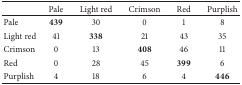
<table><thead><tr><td><b> </b></td><td><b>Pale</b></td><td><b>Light red</b></td><td><b>Crimson</b></td><td><b>Red</b></td><td><b>Purplish</b></td></tr></thead><tbody><tr><td>Pale</td><td><b>439</b></td><td>30</td><td>0</td><td>1</td><td>8</td></tr><tr><td>Light red</td><td>41</td><td><b>338</b></td><td>21</td><td>43</td><td>35</td></tr><tr><td>Crimson</td><td>0</td><td>13</td><td><b>408</b></td><td>46</td><td>11</td></tr><tr><td>Red</td><td>0</td><td>28</td><td>45</td><td><b>399</b></td><td>6</td></tr><tr><td>Purplish</td><td>4</td><td>18</td><td>6</td><td>4</td><td><b>446</b></td></tr></tbody></table>